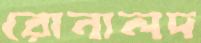
রোনালদ